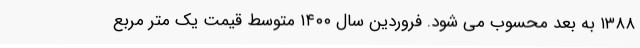
۱۳۸۸ به بعد محسوب می شود. فروردین سال ۱۴۰۰ متوسط قیمت یک متر مربع